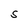
Character: S